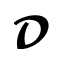
\mathbfcal { D }